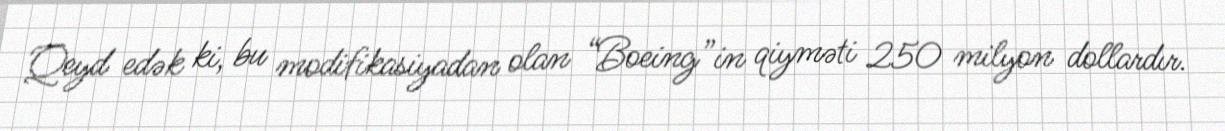
Qeyd edək ki, bu modifikasiyadan olan “Boeing”in qiyməti 250 milyon dollardır.